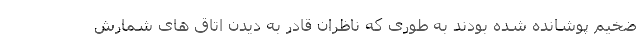
ضخیم پوشانده شده بودند به طوری که ناظران قادر به دیدن اتاق های شمارش